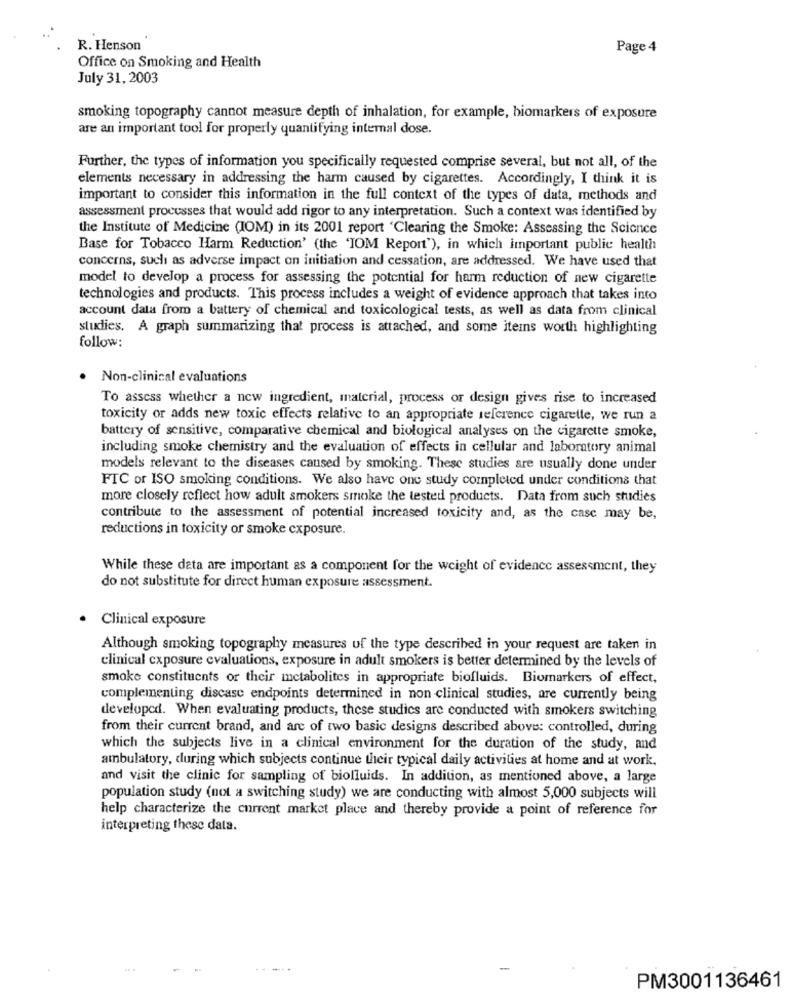
R. Henson
Page 4
Office on Smoking and Health
July 31, 2003
smoking topography cannot measure depth of inhalation, for example, biomarkers of exposure
are an important tool for properly quantifying internal dose.
Further, the types of information you specifically requested comprise several, but not all, of the
elements necessary in addressing the harm caused by cigarettes. Accordingly, I think it is
important to consider this information in the full context of the types of data, methods and
assessment processes that would add rigor to any interpretation. Such a context was identified by
the Institute of Medicine (IOM) in its 2001 report 'Clearing the Smoke: Assessing the Science
Base for Tobacco Harm Reduction' (the 'IOM Report'), in which important public health
concerns, such as adverse impact on initiation and cessation, are addressed. We have used that
model to develop a process for assessing the potential for harm reduction of new cigarette
technologies and products. This process includes a weight of evidence approach that takes into
account data from a battery of chemical and toxicological tests, as well as data from clinical
studies. A graph summarizing that process is attached, and some itemns worth highlighting
follow:
.
Non-clinical evaluations
To assess whether a new ingredient, material, process or design gives rise to increased
toxicity or adds new toxic effects relative to an appropriate reference cigarette, we run a
battery of sensitive, comparative chemical and biological analyses on the cigarette smoke,
including smoke chemistry and the evaluation of effects in cellular and laboratory animal
models relevant to the diseases caused by smoking. These studies are usually done under
FTC or ISO smoking conditions. We also have one study completed under conditions that
more closely reflect how adult smokers smoke the tested products. Data from such studies
contribute to the assessment of potential increased toxicity and, as the case may be,
reductions in toxicity or smoke exposure.
While these data are important as a component for the weight of evidence assessment, they
do not substitute for direct human exposure assessment.
· Clinical exposure
Although smoking topography measures of the type described in your request are taken in
clinical exposure cvaluations, exposure in adult smokers is better determined by the levels of
smoke constituents or their metabolites in appropriate biofluids. Biomarkers of effect,
complementing discase endpoints determined in non clinical studies, are currently being
developcd. When evaluating products, these studies are conducted with smokers switching
from their current brand, and are of two basic designs described above: controlled, during
which the subjects live in a clinical environment for the duration of the study, and
ambulatory, during which subjects continue their typical daily activities at home and at work,
and visit the clinic for sampling of biolluids. In addition, as mentioned above, a large
population study (not a switching study) we are conducting with almost 5,000 subjects will
help characterize the current market place and thereby provide a point of reference for
interpreting these data.
....
PM3001136461